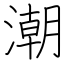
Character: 潮